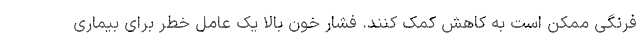
فرنگی ممکن است به کاهش کمک کنند. فشار خون بالا یک عامل خطر برای بیماری